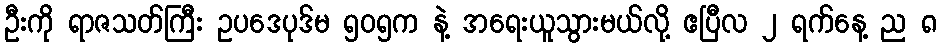
ဦးကို ရာဇသတ်ကြီး ဥပဒေပုဒ်မ ၅၀၅က နဲ့ အရေးယူသွားမယ်လို့ ဧပြီလ ၂ ရက်နေ့ ည ၈